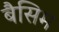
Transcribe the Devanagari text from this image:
बैसिम